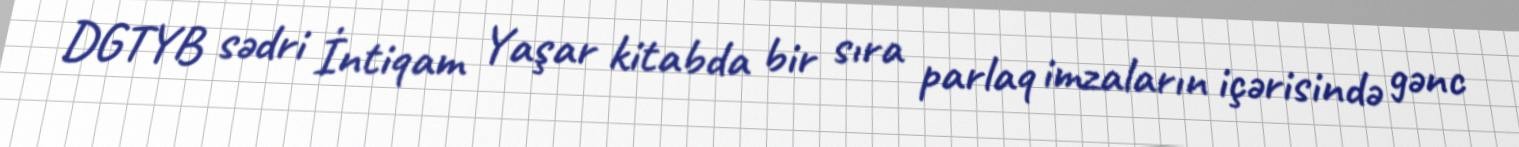
DGTYB sədri İntiqam Yaşar kitabda bir sıra parlaq imzaların içərisində gənc